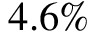
4 . 6 \%